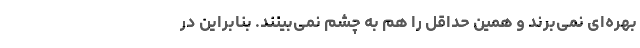
بهره‌ای نمی‌برند و همین حداقل را هم به چشم نمی‌بینند. بنابراین در